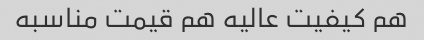
هم کیفیت عالیه هم قیمت مناسبه